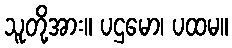
သူတို့အား။ ပဌမော၊ ပထမ။